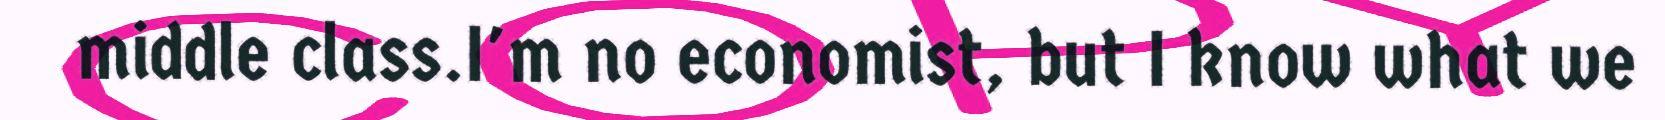
middle class.I'm no economist, but I know what we